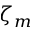
\zeta _ { m }